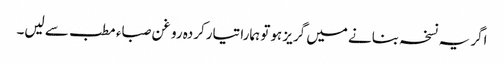
اگر یہ نسخہ بنانے میں گریز ہوتو ہمارا تیارکردہ روغن صباء مطب سے لیں۔